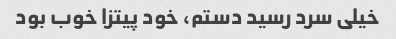
خیلی سرد رسید دستم، خود پیتزا خوب بود